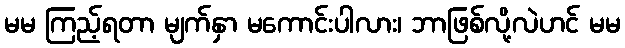
မမ ကြည့်ရတာ မျက်နှာ မကောင်းပါလား၊ ဘာဖြစ်လို့လဲဟင် မမ